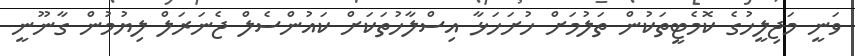
ވަނީ މަޖިލީހުގެ ކޮމެޓީތަކުން ތަލުމަށް ހުށަހަޅާ އިސްލާހުތަކަށް ކައުންސެލް ޖެނަރަލް ލިޔުމުން ގާނޫނީ